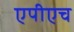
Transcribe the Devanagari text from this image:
एपीएच